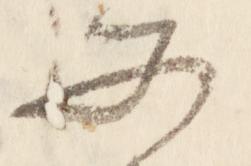
所